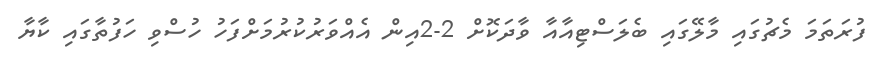
ފުރަތަމަ މެޗުގައި މާލޭގައި ބެލަސްޓިއާއާ ވާދަކޮށް 2-2އިން އެއްވަރުކުރުމަށްފަހު ހުސްވި ހަފުތާގައި ކާޔާ